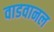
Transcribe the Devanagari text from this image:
वाडवानल